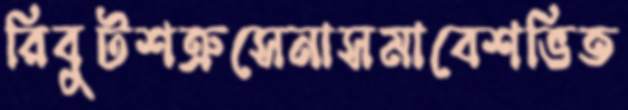
রিবুটশত্রুসেনাসমাবেশভিত